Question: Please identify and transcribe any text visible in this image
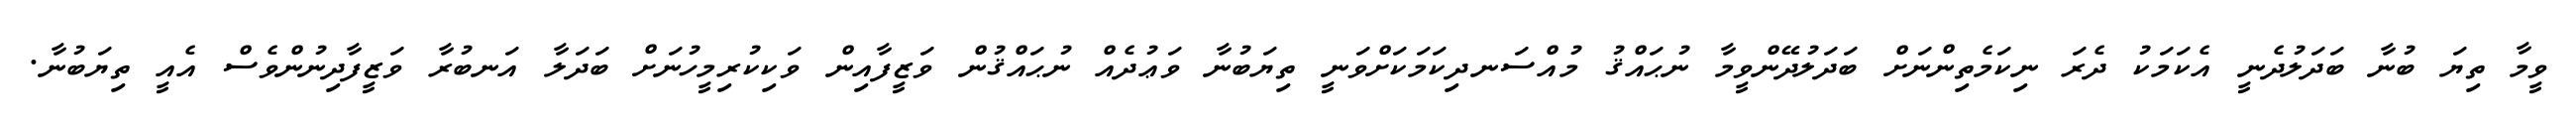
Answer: ވީމާ ތިޔަ ބުނާ ބަދަލުދެނީ އެކަމަކު ދެރަ ނިކަމެތިންނަށް ބަދަލުދޭންވީމާ ނުޙައްޤު މުއްސަނދިކަމަކަށްވަނީ ތިޔަބުނާ ވަޢުދެއް ނުޙައްޤުން ވަޒީފާއިން ވަކިކުރިމީހުނަށް ބަދަލާ އަނބުރާ ވަޒީފާދިނުންވެސް އެއީ ތިޔަބުނާ.